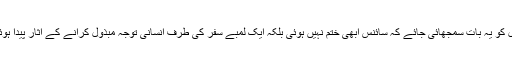
نئی نسل کو یہ بات سمجھائی جائے کہ سائنس ابھی ختم نہیں ہوئی بلکہ ایک لمبے سفر کی طرف انسانی توجہ مبذول کرانے کے آثار پیدا ہوئے ہیں۔